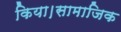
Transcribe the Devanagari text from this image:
किया।सामाजिक